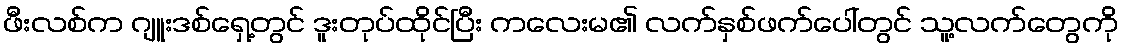
ဖီးလစ်က ဂျူးဒစ်ရှေ့တွင် ဒူးတုပ်ထိုင်ပြီး ကလေးမ၏ လက်နှစ်ဖက်ပေါ်တွင် သူ့လက်တွေကို